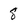
Character: 8